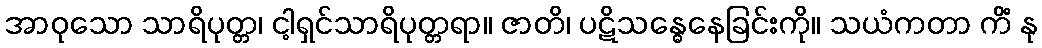
အာဝုသော သာရိပုတ္တ၊ ငါ့ရှင်သာရိပုတ္တရာ။ ဇာတိ၊ ပဋိသန္ဓေနေခြင်းကို။ သယံကတာ ကိံ နု